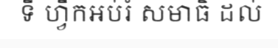
ទី ហ្វឹកអប់រំ សមាធិ ដល់